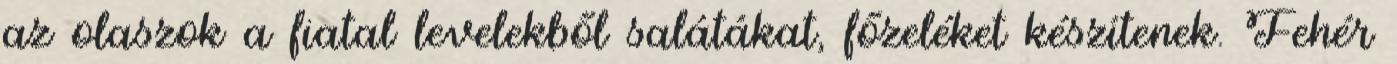
az olaszok a fiatal levelekből salátákat, főzeléket készítenek. Fehér